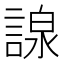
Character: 𧪒